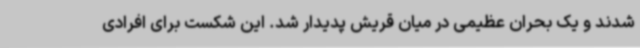
شدند و یک بحران عظیمی در میان قریش پدیدار شد. این شکست برای افرادی